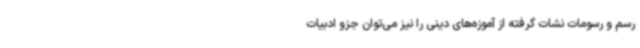
رسم و رسومات نشات گرفته از آموزه‌های دینی را نیز می‌توان جزو ادبیات